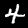
Digit: 4